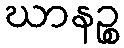
ဃာနဉ္စ